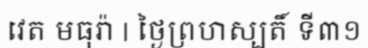
វេត មធុរ៉ា | ថ្ងៃព្រហស្បតិ៍ ទី៣១